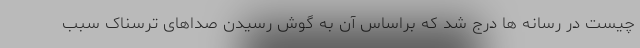
چیست در رسانه ها درج شد که براساس آن به گوش رسیدن صداهای ترسناک سبب